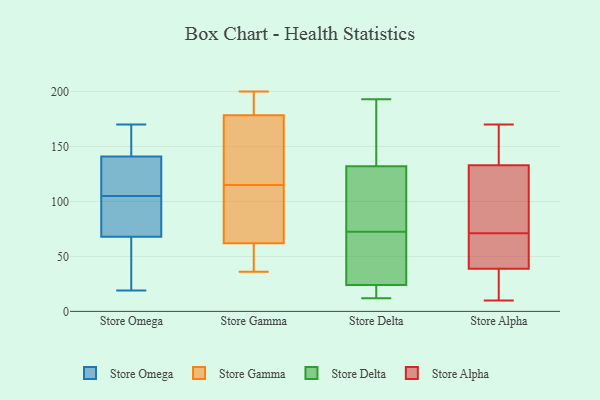
{"axis": {"x": "Backlog", "y": "Value"}, "legend": ["Store Alpha", "Store Delta", "Store Gamma", "Store Omega"], "data": [{"x": "", "y": 31, "type": "Store Omega"}, {"x": "", "y": 19, "type": "Store Omega"}, {"x": "", "y": 84, "type": "Store Omega"}, {"x": "", "y": 97, "type": "Store Omega"}, {"x": "", "y": 115, "type": "Store Omega"}, {"x": "", "y": 170, "type": "Store Omega"}, {"x": "", "y": 150, "type": "Store Omega"}, {"x": "", "y": 141, "type": "Store Omega"}, {"x": "", "y": 155, "type": "Store Omega"}, {"x": "", "y": 113, "type": "Store Omega"}, {"x": "", "y": 19, "type": "Store Omega"}, {"x": "", "y": 91, "type": "Store Omega"}, {"x": "", "y": 68, "type": "Store Omega"}, {"x": "", "y": 125, "type": "Store Omega"}, {"x": "", "y": 42, "type": "Store Omega"}, {"x": "", "y": 121, "type": "Store Omega"}, {"x": "", "y": 165, "type": "Store Omega"}, {"x": "", "y": 93, "type": "Store Omega"}, {"x": "", "y": 189, "type": "Store Gamma"}, {"x": "", "y": 47, "type": "Store Gamma"}, {"x": "", "y": 85, "type": "Store Gamma"}, {"x": "", "y": 175, "type": "Store Gamma"}, {"x": "", "y": 67, "type": "Store Gamma"}, {"x": "", "y": 198, "type": "Store Gamma"}, {"x": "", "y": 112, "type": "Store Gamma"}, {"x": "", "y": 45, "type": "Store Gamma"}, {"x": "", "y": 127, "type": "Store Gamma"}, {"x": "", "y": 115, "type": "Store Gamma"}, {"x": "", "y": 136, "type": "Store Gamma"}, {"x": "", "y": 36, "type": "Store Gamma"}, {"x": "", "y": 200, "type": "Store Gamma"}, {"x": "", "y": 14, "type": "Store Delta"}, {"x": "", "y": 24, "type": "Store Delta"}, {"x": "", "y": 99, "type": "Store Delta"}, {"x": "", "y": 97, "type": "Store Delta"}, {"x": "", "y": 55, "type": "Store Delta"}, {"x": "", "y": 132, "type": "Store Delta"}, {"x": "", "y": 23, "type": "Store Delta"}, {"x": "", "y": 193, "type": "Store Delta"}, {"x": "", "y": 156, "type": "Store Delta"}, {"x": "", "y": 182, "type": "Store Delta"}, {"x": "", "y": 12, "type": "Store Delta"}, {"x": "", "y": 140, "type": "Store Delta"}, {"x": "", "y": 36, "type": "Store Delta"}, {"x": "", "y": 67, "type": "Store Delta"}, {"x": "", "y": 31, "type": "Store Delta"}, {"x": "", "y": 96, "type": "Store Delta"}, {"x": "", "y": 24, "type": "Store Delta"}, {"x": "", "y": 78, "type": "Store Delta"}, {"x": "", "y": 107, "type": "Store Alpha"}, {"x": "", "y": 12, "type": "Store Alpha"}, {"x": "", "y": 23, "type": "Store Alpha"}, {"x": "", "y": 93, "type": "Store Alpha"}, {"x": "", "y": 156, "type": "Store Alpha"}, {"x": "", "y": 64, "type": "Store Alpha"}, {"x": "", "y": 141, "type": "Store Alpha"}, {"x": "", "y": 10, "type": "Store Alpha"}, {"x": "", "y": 71, "type": "Store Alpha"}, {"x": "", "y": 139, "type": "Store Alpha"}, {"x": "", "y": 170, "type": "Store Alpha"}, {"x": "", "y": 11, "type": "Store Alpha"}, {"x": "", "y": 50, "type": "Store Alpha"}, {"x": "", "y": 35, "type": "Store Alpha"}, {"x": "", "y": 147, "type": "Store Alpha"}, {"x": "", "y": 115, "type": "Store Alpha"}, {"x": "", "y": 58, "type": "Store Alpha"}, {"x": "", "y": 112, "type": "Store Alpha"}, {"x": "", "y": 57, "type": "Store Alpha"}]}